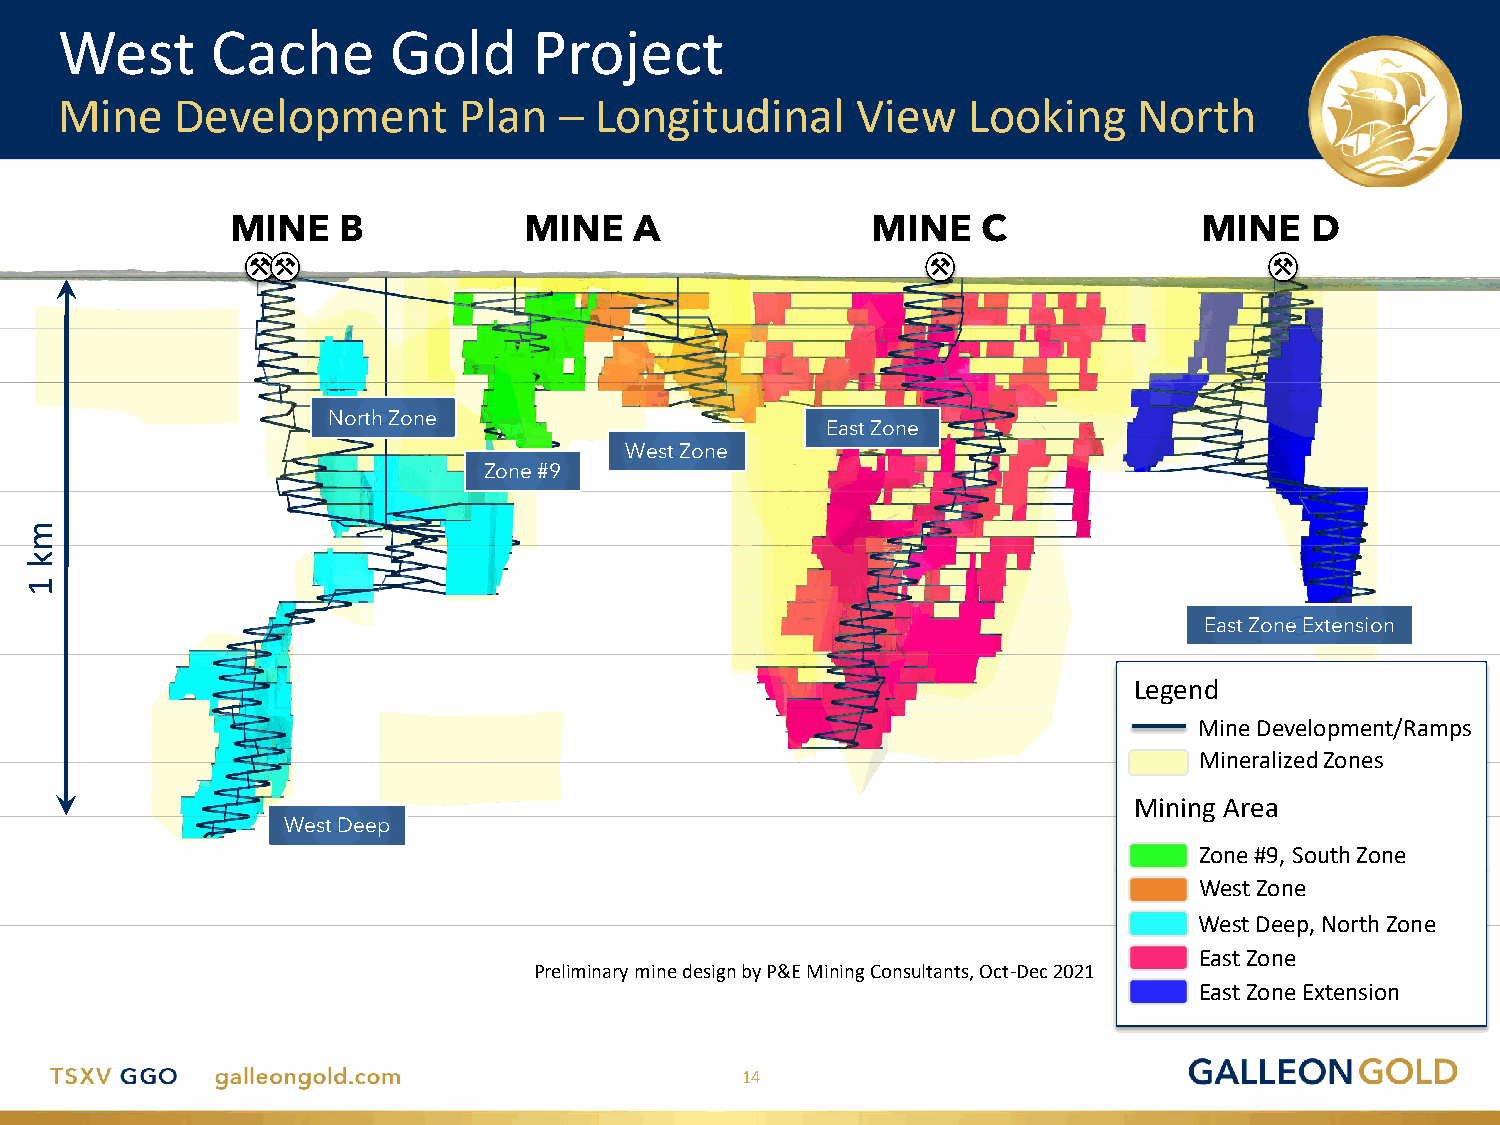
West      Cache       Gold     Project
 Mine    Development       Plan   – Longitudinal      View   Looking    North
 MINE   B            MINE   A               MINE   C              MINE   D
 North Zone
 East Zone
 West Zone
 Zone #9
 East Zone Extension
 Legend
 Mine Development/Ramps
 Mineralized Zones
 Mining Area
 West Deep
 Zone #9, South Zone
 West Zone
 West Deep, North Zone
 East Zone
 Preliminary mine design by P&E Mining Consultants, Oct-Dec 2021
 East Zone Extension
 14
 mk
 1